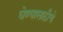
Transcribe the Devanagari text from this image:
घेण्यासाठीचे